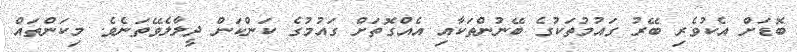
ބޮޑަށް އެކުވެރި ބޭރު ގައުމުތަކުގެ ބޭނުންތަކާއި އެއްގޮތަށް ގައުމުގެ ކަންކަން ދީލާލެވޭތަނެވެ. މިކަންތައް